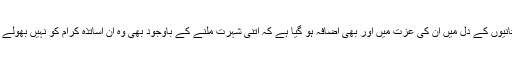
فخر زمان کی جانب سے یہ جواب سامنے آنے پر پاکستانیوں کے دل میں ان کی عزت میں اور بھی اضافہ ہو گیا ہے کہ اتنی شہرت ملنے کے باوجود بھی وہ ان اساتذہ کرام کو نہیں بھولے جن کی رہنمائی کی بدولت وہ آج اس مقام پر کھڑے ہیں۔